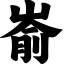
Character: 嵛